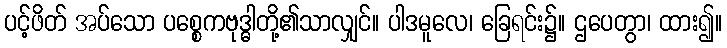
ပင့်ဖိတ် အပ်သော ပစ္စေကဗုဒ္ဓါတို့၏သာလျှင်။ ပါဒမူလေ၊ ခြေရင်း၌။ ဌပေတွာ၊ ထား၍။